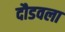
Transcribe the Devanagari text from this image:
दौडवला